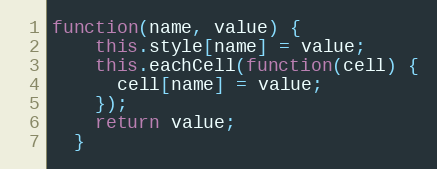
Language: JavaScript
function(name, value) {
    this.style[name] = value;
    this.eachCell(function(cell) {
      cell[name] = value;
    });
    return value;
  }